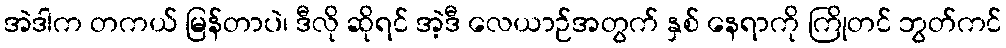
အဲဒါက တကယ် မြန်တာပဲ၊ ဒီလို ဆိုရင် အဲ့ဒီ လေယာဉ်အတွက် နှစ် နေရာကို ကြိုတင် ဘွတ်ကင်